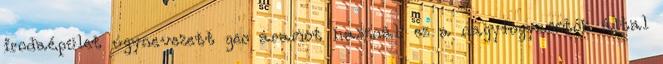
irodaépület úgynevezett geo áramot használ: ez a nagyfogyasztók által